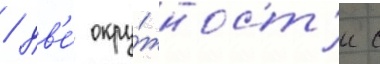
/ дв'е́ окру́жност'и с